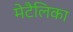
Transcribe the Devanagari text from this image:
मेटैलिका